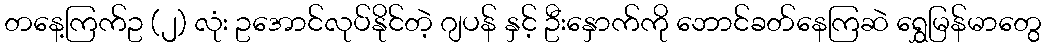
တနေ့ကြက်ဥ (၂) လုံး ဥအောင်လုပ်နိုင်တဲ့ ဂျပန် နှင့် ဦးနှောက်ကို ဘောင်ခတ်နေကြဆဲ ရွှေမြန်မာတွေ